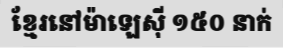
ខ្មែរនៅម៉ាឡេស៊ី ១៥០ នាក់